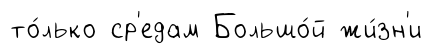
то́лько ср'едам Большо́й жи́зн'и